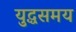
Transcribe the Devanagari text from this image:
युद्धसमय